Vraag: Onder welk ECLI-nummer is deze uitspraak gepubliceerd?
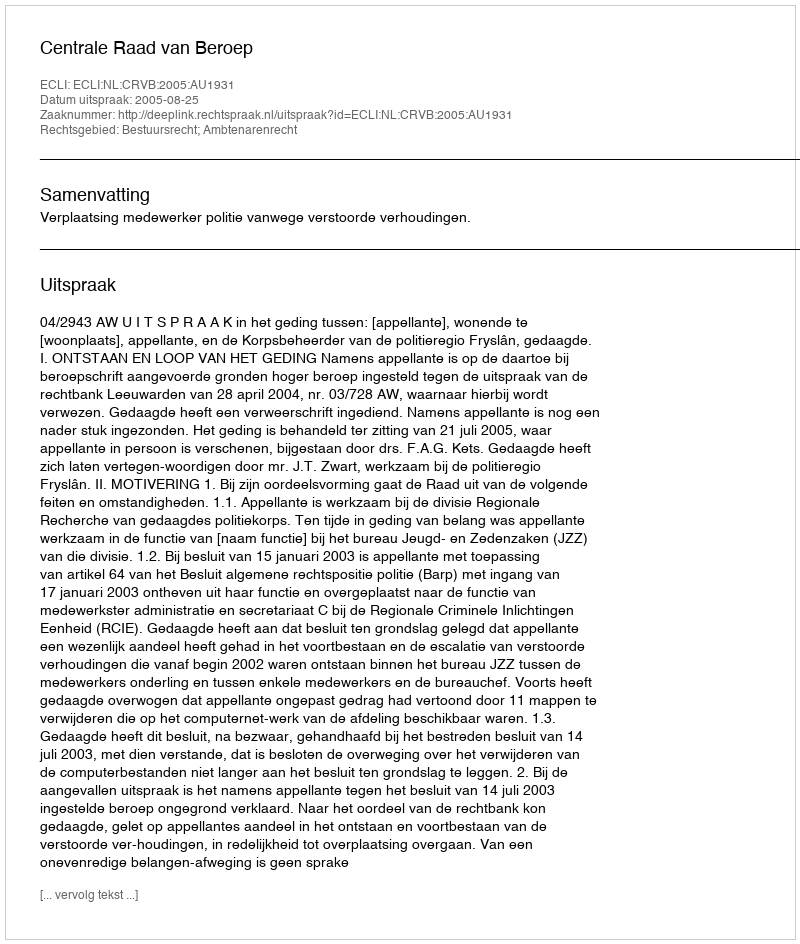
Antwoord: ECLI:NL:CRVB:2005:AU1931